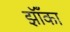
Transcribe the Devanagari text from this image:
झॉँका